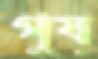
গুয়